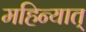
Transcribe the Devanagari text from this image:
महिन्यात्